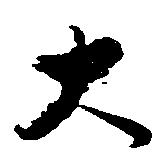
大